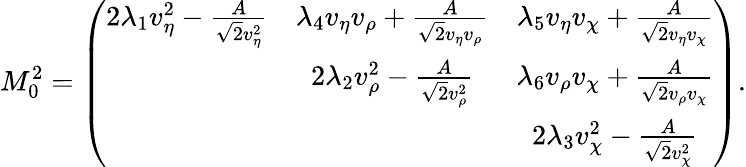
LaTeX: M_{0}^{2}=\left(\begin{array}{ccc}{{2\lambda_{1}v_{\eta}^{2}-\frac{A}{\sqrt 2v_{\eta}^{2}}}}&{{\lambda_{4}v_{\eta}v_{\rho}+\frac{A}{\sqrt 2v_{\eta}v_{\rho}}}}&{{\lambda_{5}v_{\eta}v_{\chi}+\frac{A}{\sqrt 2v_{\eta}v_{\chi}}}}\\ {{}}&{{2\lambda_{2}v_{\rho}^{2}-\frac{A}{\sqrt 2v_{\rho}^{2}}}}&{{\lambda_{6}v_{\rho}v_{\chi}+\frac{A}{\sqrt 2v_{\rho}v_{\chi}}}}\\ {{}}&{{}}&{{2\lambda_{3}v_{\chi}^{2}-\frac{A}{\sqrt 2v_{\chi}^{2}}}}\end{array}\right).